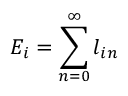
E _ { i } = \sum _ { n = 0 } ^ { \infty } l _ { i n }